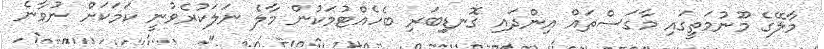
މާލޭގެ މޫނުމަތީގައި މާގަސްތައް އިންދައި ގޮނޑިިބަރި ބެހެއްޓުމަކުން މާލެ ނަލަކުރެވުނީ ކަމަކަށް ނުވާނެ